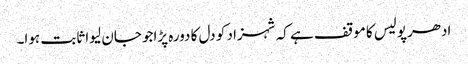
ادھرپولیس کا موقف ہے کہ شہزاد کو دل کا دورہ پڑاجو جان لیوا ثابت ہوا۔